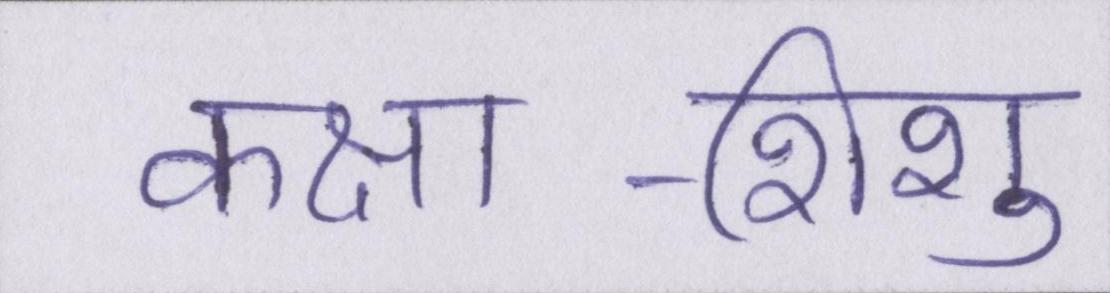
कक्षा-शिशु